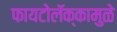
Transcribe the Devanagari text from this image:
फायटोलॅक्कामुळे